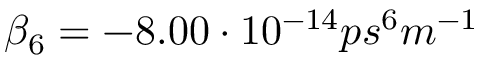
\beta _ { 6 } = - 8 . 0 0 \cdot 1 0 ^ { - 1 4 } p s ^ { 6 } m ^ { - 1 }